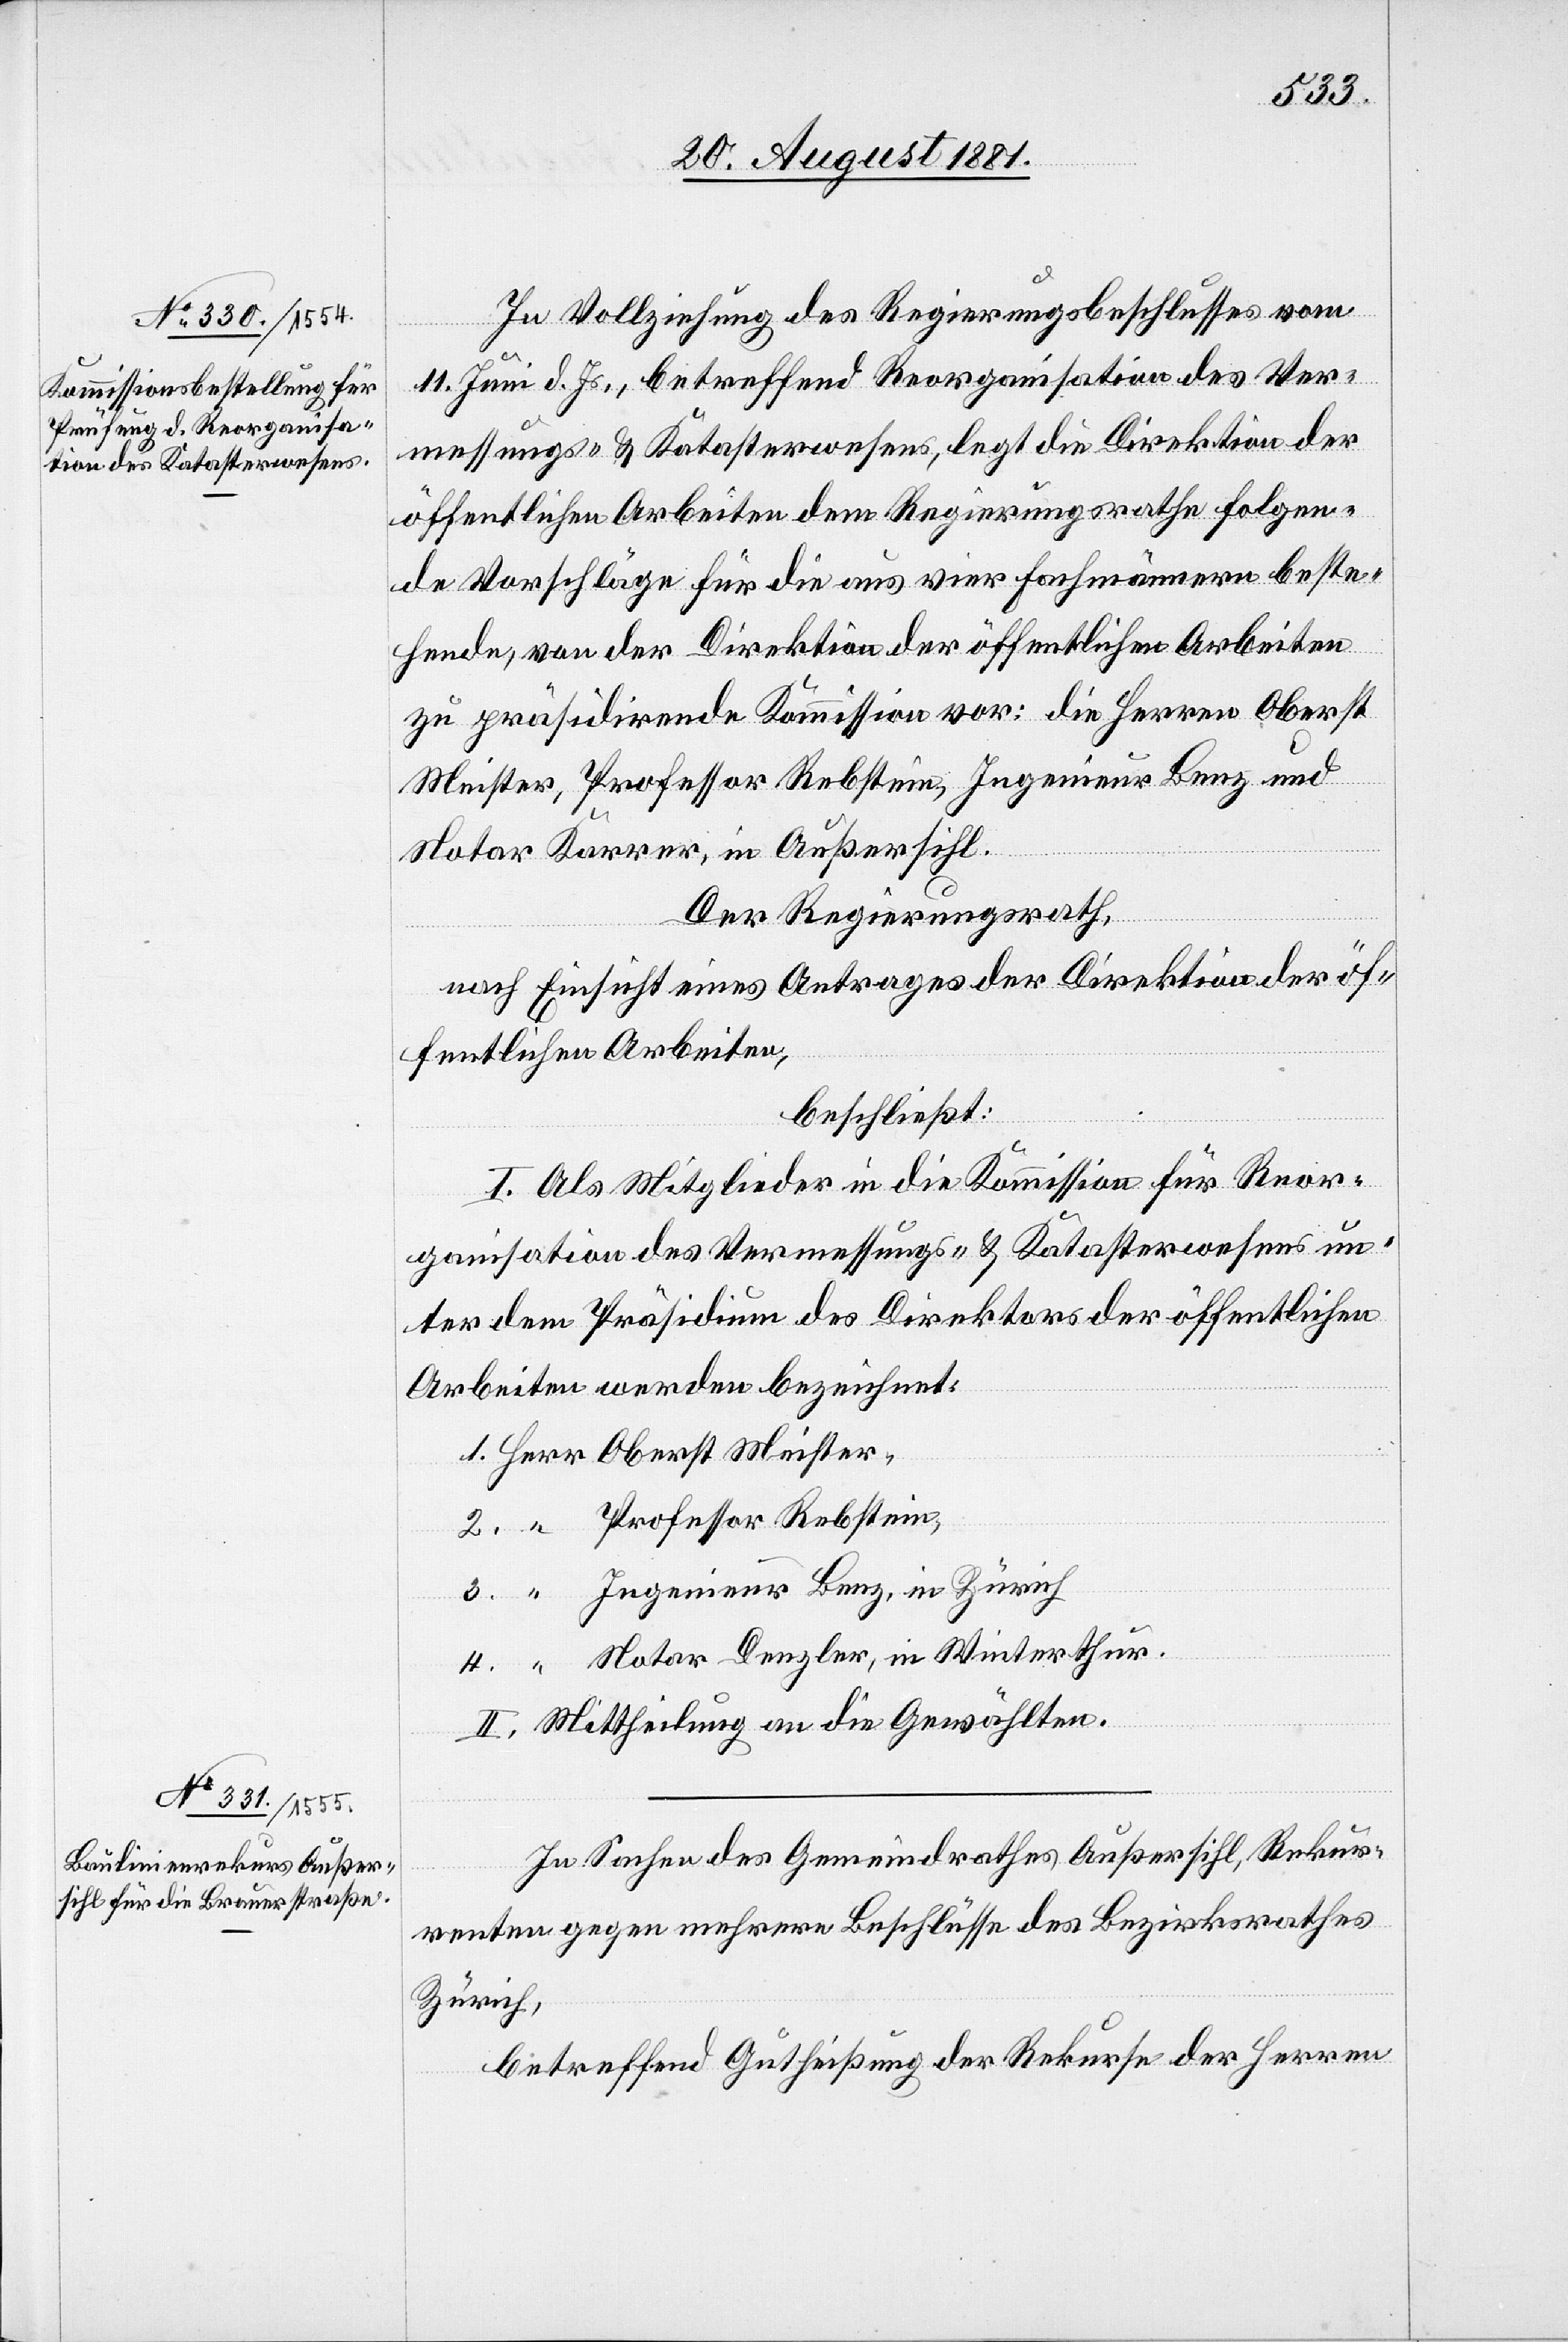
In Vollziehung des Regierungsbeschlusses vom
11. Juni d. Js., betreffend Reorganisation des Ver¬
messungs- & Katasterwesens, legt die Direktion der
öffentlichen Arbeiten dem Regierungsrathe folgen¬
de Vorschläge für die aus vier Fachmännern beste¬
henden, von der Direktion der öffentlichen Arbeiten
zu präsidirende Kommission vor: die Herren Oberst
Meister, Professor Rebstein, Ingenieur Benz und
Notar Karrer, in Außersihl.
Der Regierungsrath,
nach Einsicht eines Antrages der Direktion der öf¬
fentlichen Arbeiten,
beschließt:
I. Als Mitglieder in die Kommission für Reor¬
ganisation des Vermessungs- & Katasterwesens un¬
ter dem Präsidium des Direktors der öffentlichen
Arbeiten werden bezeichnet:
1. Herr Oberst Meister,
2. ” Professor Rebstein,
3. ” Ingenieur Benz, in Zürich[,]
4. ” Notar Denzler, in Winterthur.
II. Mittheilung an die Gewählten.